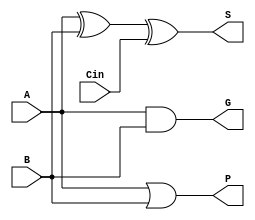
module faGP(A, B, Cin, S, G, P);
	input A, B, Cin;
	output S, G, P;

    assign S = A ^ B  ^ Cin;
    // assign Cout = ((A ^ B) & Cin) | (A & B);

    assign G = A & B;
    assign P = A | B;

endmodule